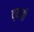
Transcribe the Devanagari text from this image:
द्यावीं